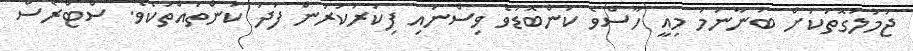
ޖުމުލަގޮތަކަށް ބުނާނަމަ މިއީ ހާސްވެ ކަންބޮޑުވެ ވިސްނައި ފިކުރުކުރުން ފަދަ ކަންތައްތަކެވެ. ސްޓްރެސް